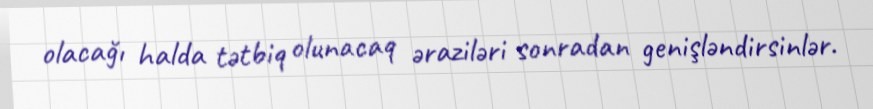
olacağı halda tətbiq olunacaq əraziləri sonradan genişləndirsinlər.